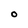
Character: O